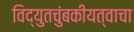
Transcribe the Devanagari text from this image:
विद्युतचुंबकीयत्वाचा